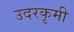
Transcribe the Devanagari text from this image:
उदरकृमी